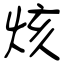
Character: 烗